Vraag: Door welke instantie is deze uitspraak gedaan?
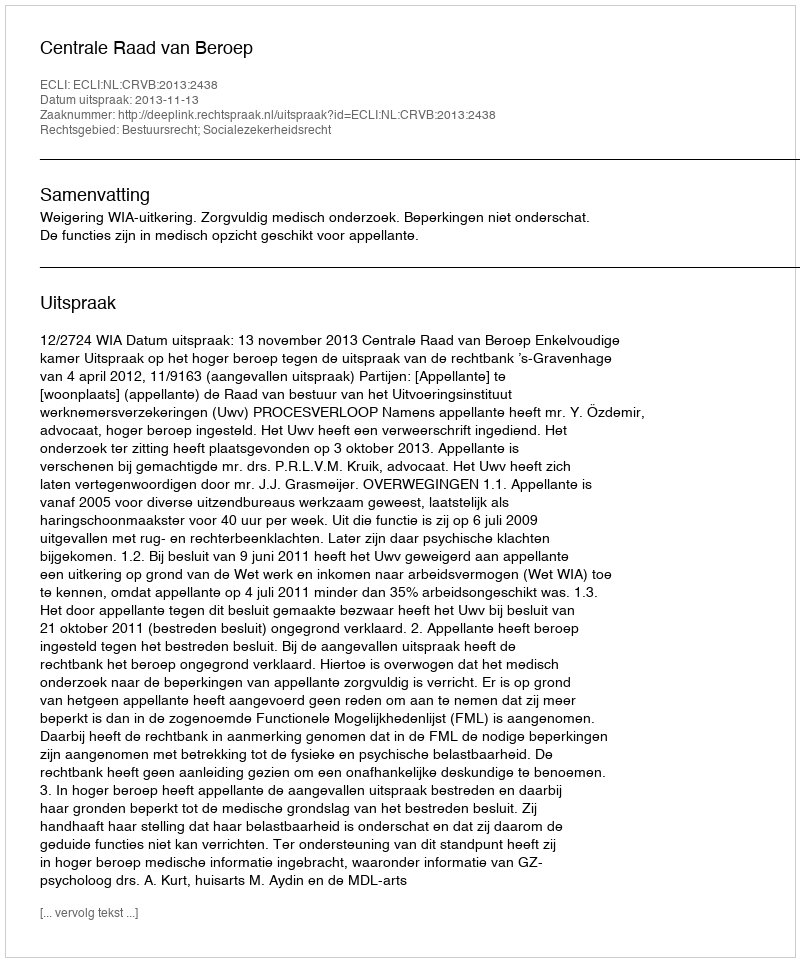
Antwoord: Centrale Raad van Beroep